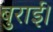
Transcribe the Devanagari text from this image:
बुराई।